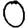
Digit: 0